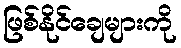
ဖြစ်နိုင်ချေများကို